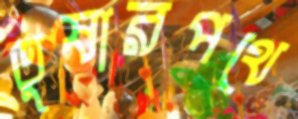
তুষারপথে